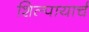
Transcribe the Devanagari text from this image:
शिल्पायार्च